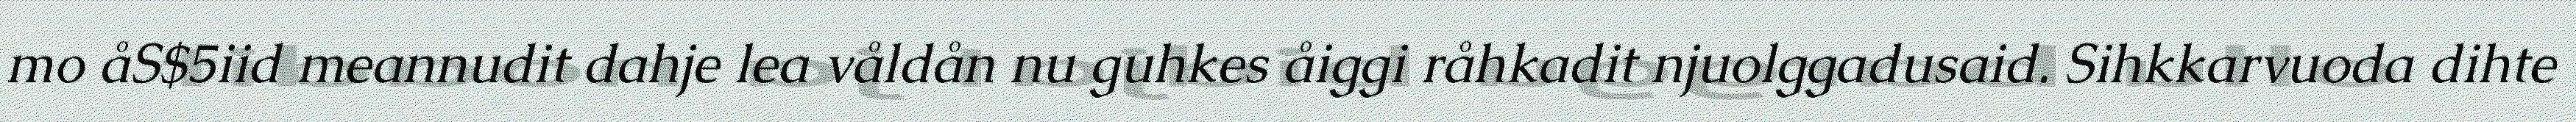
mo åS$5iid meannudit dahje lea våldån nu guhkes åiggi råhkadit njuolggadusaid. Sihkkarvuoda dihte